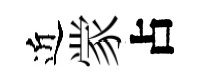
近䝉占